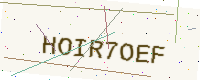
Text: HOIR7OEF